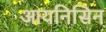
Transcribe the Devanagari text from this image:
आयनिसिन